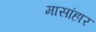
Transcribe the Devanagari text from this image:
मासांहार